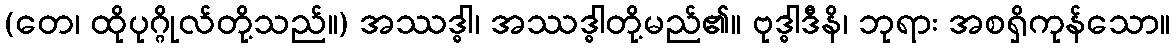
(တေ၊ ထိုပုဂ္ဂိုလ်တို့သည်။) အဿဒ္ဓါ၊ အဿဒ္ဓါတို့မည်၏။ ဗုဒ္ဓါဒီနိ၊ ဘုရား အစရှိကုန်သော။